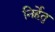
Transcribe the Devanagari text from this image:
निर्हेतु